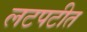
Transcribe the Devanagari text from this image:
लटपटीत